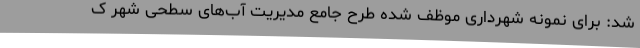
شد: برای نمونه شهرداری موظف شده طرح جامع مدیریت آب‌های سطحی شهر ک